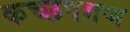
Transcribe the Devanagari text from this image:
कच्छपगण